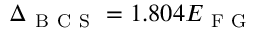
\Delta _ { \mathrm { ~ B ~ C ~ S ~ } } = 1 . 8 0 4 E _ { \mathrm { ~ F ~ G ~ } }